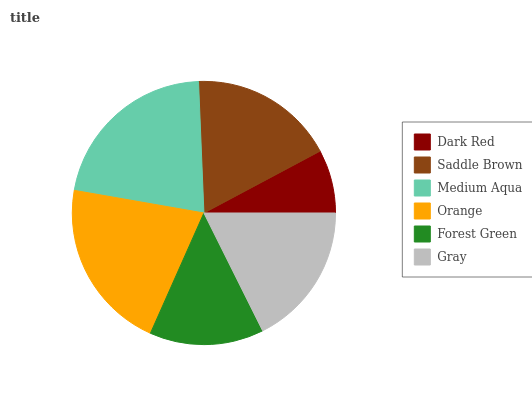
| Dark Red | Saddle Brown | Medium Aqua | Orange | Forest Green | Gray |
 | --- | --- | --- | --- | --- | --- |
 | 7.77% | 17.8% | 21.6% | 21.1% | 14% | 17.6% |